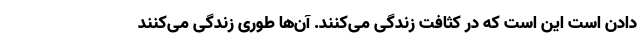
دادن است این است که در کثافت زندگی می‌کنند. آن‌ها طوری زندگی می‌کنند